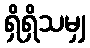
ရှိရှိသမျှ